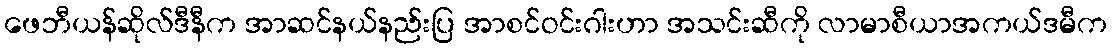
ဖေဘီယန်ဆိုလ်ဒီနီက အာဆင်နယ်နည်းပြ အာစင်ဝင်းဂါးဟာ အသင်းဆီကို လာမာစီယာအကယ်ဒမီက